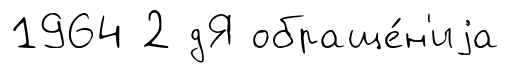
1964 2 дЯ обраще́н'иjа